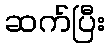
ဆက်ပြီး